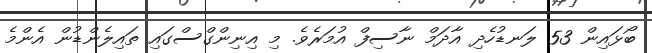
ބޯޅައިން 53 ލަނޑުހެދި އާދަމް ނާސިފް އުމަރެވެ. މި އިނިންގްސްގައި ތައިލެންޑުން އެންމެ